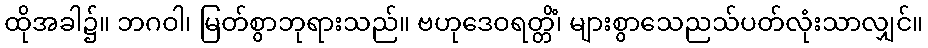
ထိုအခါ၌။ ဘဂဝါ၊ မြတ်စွာဘုရားသည်။ ဗဟုဒေဝရတ္တိံ၊ များစွာသေညသ်ပတ်လုံးသာလျှင်။